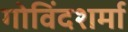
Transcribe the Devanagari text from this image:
गोविंदशर्मा